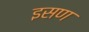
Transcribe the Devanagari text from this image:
इसण